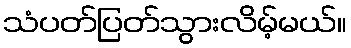
သံပတ်ပြတ်သွားလိမ့်မယ်။